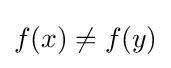
f\!\left(x\right)\neq f\!\left(y\right)